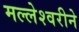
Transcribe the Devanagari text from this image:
मल्लेश्वरीने